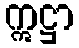
ဣဋ္ဌာ